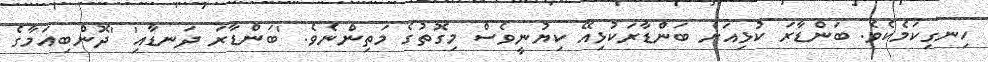
ހިނގިކަމެކެވެ. ބަންޑާރަ ކުޅިއަށް ބަންޑާރަކުޅިއޭ ކިޔުނީވެސް މިގޮތުގެ މަތިންނެވެ. 'ބަންޑާރަ ދަނޑާއި' 'ދޮންބިއަމާގެ